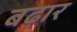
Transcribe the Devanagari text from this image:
बढ़ार